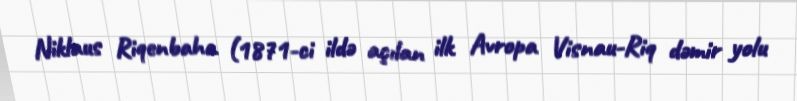
Niklaus Riqenbaha (1871-ci ildə açılan ilk Avropa Visnau-Riq dəmir yolu